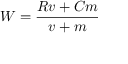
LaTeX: W = { \frac { R v + C m } { v + m } }